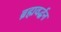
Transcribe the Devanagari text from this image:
ब्रह्मवर्द्धन